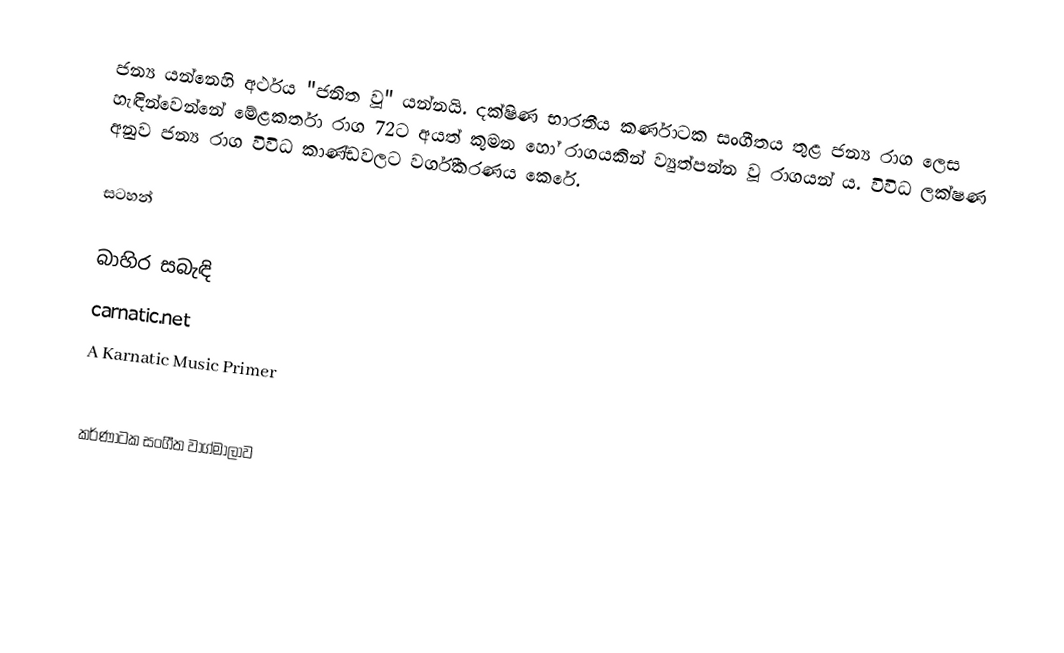
ජන්‍ය යන්නෙහි අර්ථය "ජනිත වූ" යන්නයි. දක්ෂිණ භාරතීය කර්ණාටක සංගීතය තුළ ජන්‍ය රාග ලෙස හැඳින්වෙන්නේ මේළකර්තා රාග 72ට අයත් කුමන හෝ රාගයකින් ව්‍යුත්පන්න වූ රාගයන් ය. විවිධ ලක්ෂණ අනුව ජන්‍ය රාග විවිධ කාණ්ඩවලට වර්ගීකරණය කෙරේ.

සටහන්

බාහිර සබැඳි
 carnatic.net
 A Karnatic Music Primer

කර්ණාටක සංගීත වාග්මාලාව